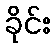
ခိုင်း